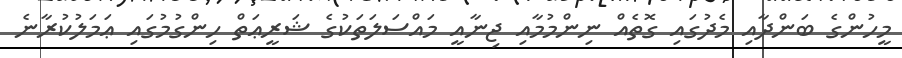
މީހުންގެ ބަންދާއި މެދުގައި ގޮތެއް ނިންމުމާއި ޖިނާއީ މައްސަލަތަކުގެ ޝަރީޢަތް ހިންގުމުގައި ޢަމަލުކުރާނެ